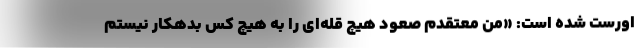
اورست شده است: «من معتقدم صعود هیچ قله‌ای را به هیچ کس بدهکار نیستم